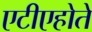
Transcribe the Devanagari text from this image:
एटीएहोते